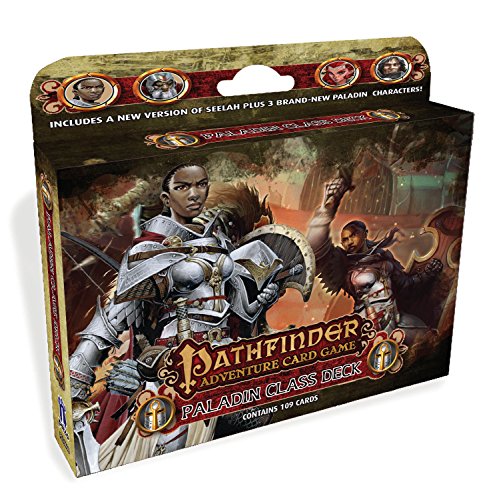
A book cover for Pathfinder Adventure Card Game:  Paladin Class Deck; Tanis O'Connor; Science Fiction & Fantasy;